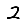
Digit: 2